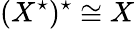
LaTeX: (X^{\star})^{\star}\cong X